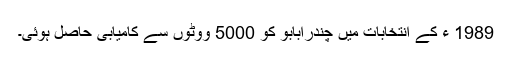
1989 ء کے انتخابات میں چندرابابو کو 5000 ووٹوں سے کامیابی حاصل ہوئی۔